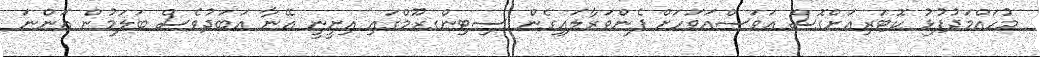
މުހައްމަދުފުޅު ކޮޓަރިއަށްގޮސް އަވަސްއަވަހަށް ފެންވަރާލައިގެން ސިޓިންގރޫމްގައި އިށީނީ އޭނާ އަބަދުވެސް ބަލަމުން އަންނަ